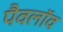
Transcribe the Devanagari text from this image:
पैवलॉव